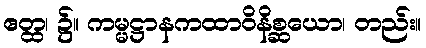
ဧတ္ထ၊ ၌။ ကမ္မဋ္ဌာနကထာဝိနိစ္ဆယော၊ တည်း။